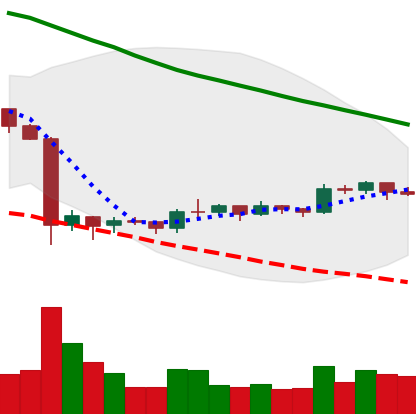
Ticker: EOS-USD
Chart end date: 2019-10-11
Forward return: -6.055%
Label: down_5_7